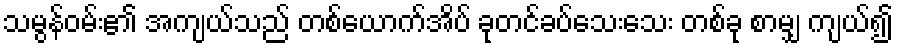
သမွန်ဝမ်း၏ အကျယ်သည် တစ်ယောက်အိပ် ခုတင်ခပ်သေးသေး တစ်ခု စာမျှ ကျယ်၍